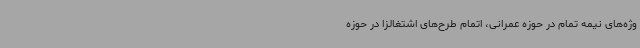
وژه‌های نیمه تمام در حوزه عمرانی، اتمام طرح‌های اشتغالزا در حوزه